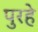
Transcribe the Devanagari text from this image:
पुरहे